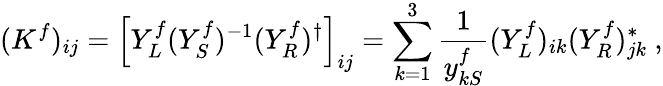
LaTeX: (K^{f})_{ij}=\left[Y_{L}^{f}(Y_{S}^{f})^{-1}(Y_{R}^{f})^{\dagger}\right]_{ij}=\sum_{k=1}^{3}\frac{1}{y_{kS}^{f}}(Y_{L}^{f})_{ik}(Y_{R}^{f})_{jk}^{\ast}\ ,